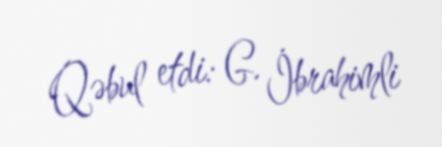
Qəbul etdi: G. İbrahimli